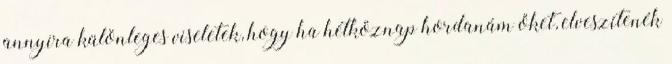
annyira különleges viseletek, hogy ha hétköznap hordanám őket, elveszítenék